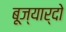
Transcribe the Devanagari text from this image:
बूज्यार्दो